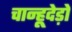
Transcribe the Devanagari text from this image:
चान्हूदेड़ो